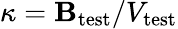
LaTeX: \kappa=\mathbf{B}_{\mathrm{{test}}}/V_{\mathrm{{test}}}